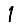
Digit: 1